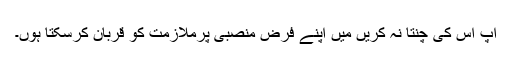
آپ اس کی چنتا نہ کریں میں اپنے فرض منصبی پرملازمت کو قربان کرسکتا ہوں۔